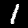
Digit: 1